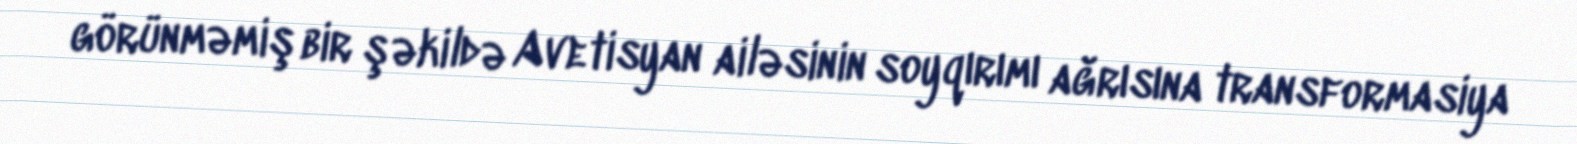
görünməmiş bir şəkildə Avetisyan ailəsinin soyqırımı ağrısına transformasiya